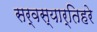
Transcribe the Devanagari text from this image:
सर्वस्यार्तिहरे